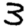
Digit: 3